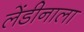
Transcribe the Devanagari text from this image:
लेंडीनाला